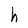
Character: h